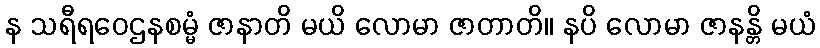
န သရီရဝေဌနစမ္မံ ဇာနာတိ မယိ လောမာ ဇာတာတိ။ နပိ လောမာ ဇာနန္တိ မယံ